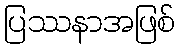
ပြဿနာအဖြစ်